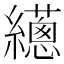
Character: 𦇎